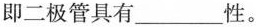
即二极管具有___性。